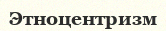
Этноцентризм